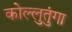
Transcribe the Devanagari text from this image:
कोल्लुतुंगा